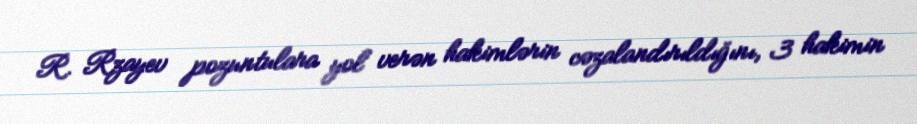
R. Rzayev pozuntulara yol verən hakimlərin cəzalandırıldığını, 3 hakimin